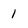
Character: 1